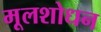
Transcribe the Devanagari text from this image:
मूलशोधन